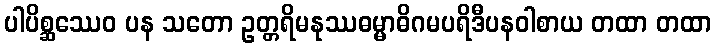
ပါပိစ္ဆဿေဝ ပန သတော ဥတ္တရိမနုဿဓမ္မာဓိဂမပရိဒီပနဝါစာယ တထာ တထာ